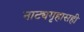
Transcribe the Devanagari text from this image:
नाट्यगृहासही